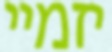
יזמיי